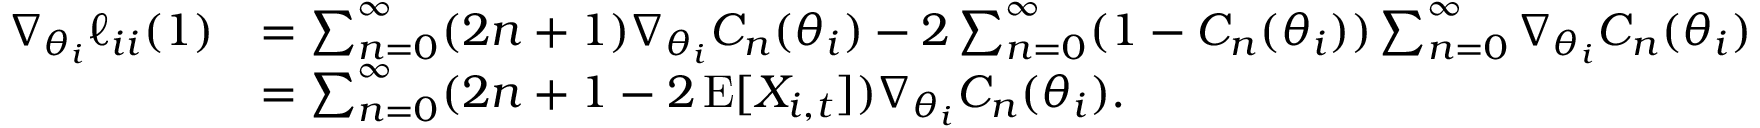
\begin{array} { r l } { \nabla _ { \theta _ { i } } \ell _ { i i } ( 1 ) } & { = \sum _ { n = 0 } ^ { \infty } ( 2 n + 1 ) \nabla _ { \theta _ { i } } C _ { n } ( \theta _ { i } ) - 2 \sum _ { n = 0 } ^ { \infty } ( 1 - C _ { n } ( \theta _ { i } ) ) \sum _ { n = 0 } ^ { \infty } \nabla _ { \theta _ { i } } C _ { n } ( \theta _ { i } ) } \\ & { = \sum _ { n = 0 } ^ { \infty } ( 2 n + 1 - 2 \operatorname { E } [ X _ { i , t } ] ) \nabla _ { \theta _ { i } } C _ { n } ( \theta _ { i } ) . } \end{array}